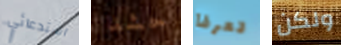
استدعائي حشد تعرفا ولكن